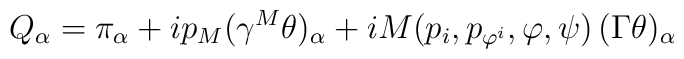
Q_\alpha=\pi_\alpha+ip_M(\gamma^M\theta)_\alpha +iM(p_i,p_{\varphi^i},\varphi,\psi)\,(\Gamma\theta)_\alpha\,